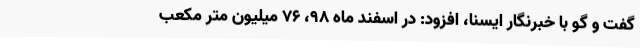
گفت و گو با خبرنگار ایسنا، افزود: در اسفند ماه 98، 76 میلیون متر مکعب